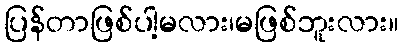
ပြန်တာဖြစ်ပါ့မလား၊မဖြစ်ဘူးလား။